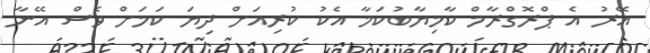
އޭރު އެ ޕްރޮގްރާމް ކާމިޔާބުކަމާ އެކު ކުރިއަށް ދިޔަ ކަމަށް ވެސް އޭނާ